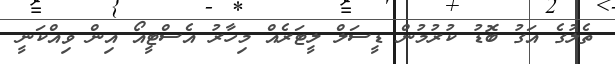
ތެލުގެ އަގު ބޮޑު ކުރުމުން ޑީސަލް ލީޓަރެއް މިހާރު އެސްޓީއޯ އިން ވިއްކަނީ